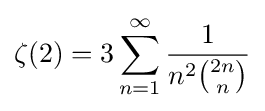
\zeta (2)=3\sum _{n=1}^{\infty }{\frac {1}{n^{2}{\binom {2n}{n}}}}